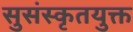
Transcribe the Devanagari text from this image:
सुसंस्कृतयुक्त